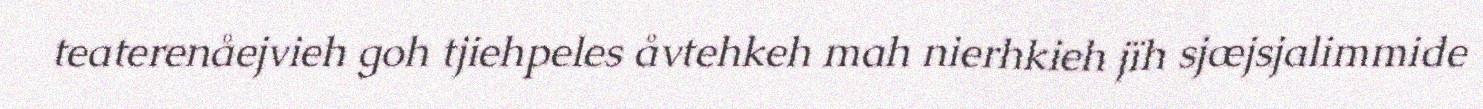
teaterenåejvieh goh tjiehpeles åvtehkeh mah nierhkieh jïh sjæjsjalimmide